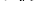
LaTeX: \smash{\sigma_{\ell\alpha}^{\gamma}}